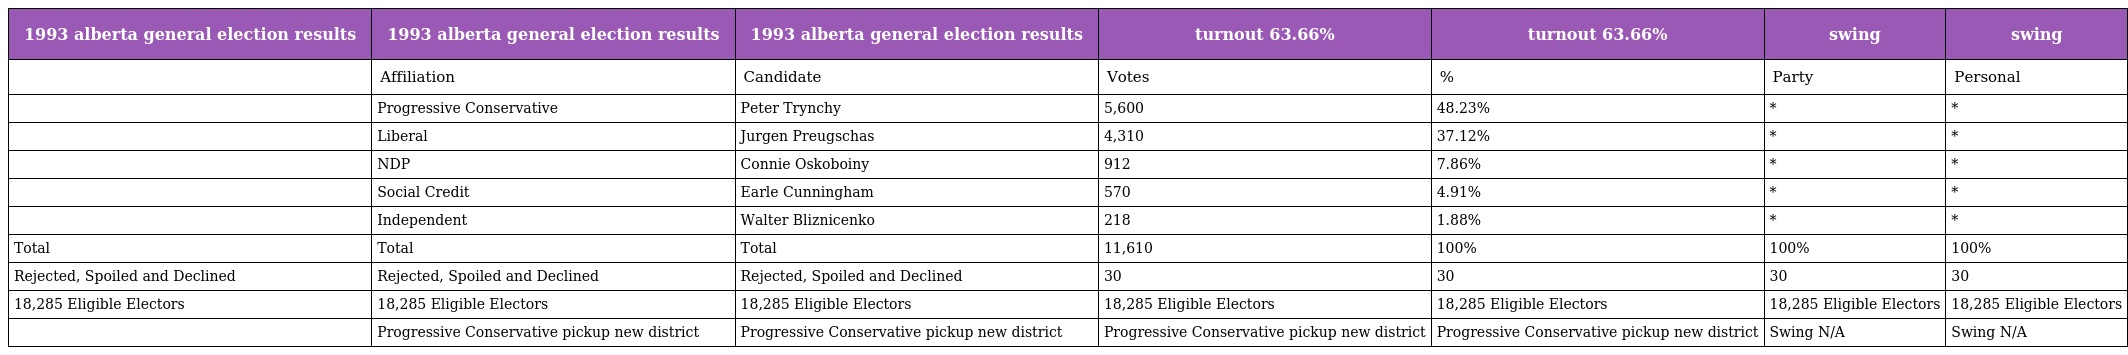
| 1993 alberta general election results | 1993 alberta general election results | 1993 alberta general election results | turnout 63.66% | turnout 63.66% | swing | swing |
 | --- | --- | --- | --- | --- | --- | --- |
 |  | Affiliation | Candidate | Votes | % | Party | Personal |
 |  | Progressive Conservative | Peter Trynchy | 5,600 | 48.23% | * | * |
 |  | Liberal | Jurgen Preugschas | 4,310 | 37.12% | * | * |
 |  | NDP | Connie Oskoboiny | 912 | 7.86% | * | * |
 |  | Social Credit | Earle Cunningham | 570 | 4.91% | * | * |
 |  | Independent | Walter Bliznicenko | 218 | 1.88% | * | * |
 | Total | Total | Total | 11,610 | 100% | 100% | 100% |
 | Rejected, Spoiled and Declined | Rejected, Spoiled and Declined | Rejected, Spoiled and Declined | 30 | 30 | 30 | 30 |
 | 18,285 Eligible Electors | 18,285 Eligible Electors | 18,285 Eligible Electors | 18,285 Eligible Electors | 18,285 Eligible Electors | 18,285 Eligible Electors | 18,285 Eligible Electors |
 |  | Progressive Conservative pickup new district | Progressive Conservative pickup new district | Progressive Conservative pickup new district | Progressive Conservative pickup new district | Swing N/A | Swing N/A |